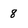
Character: 8